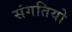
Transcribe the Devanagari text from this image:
संगतियो